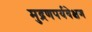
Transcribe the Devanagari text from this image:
मुद्रणपर्यवेक्षण